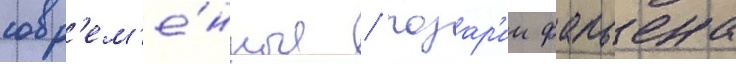
совр'ем'е́нные / розар'ии фабьена